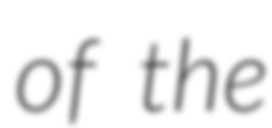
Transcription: of the